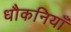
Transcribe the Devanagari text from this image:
धौकनियाँ